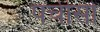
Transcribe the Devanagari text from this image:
पचीसो